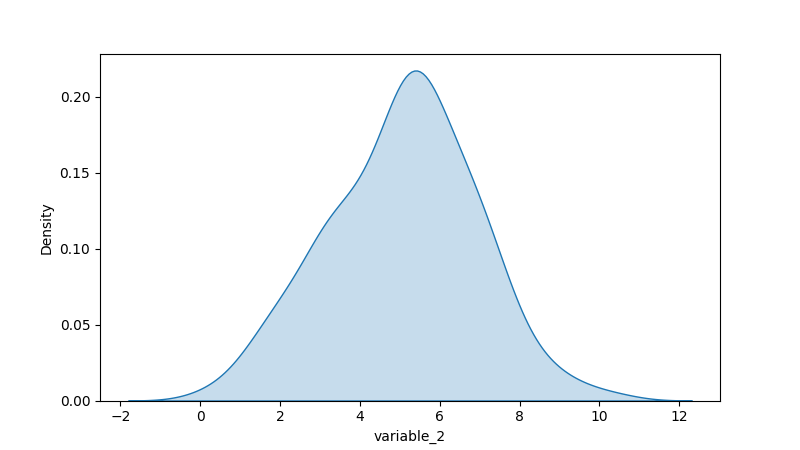
python, seaborn, kdeplot, hue='None', fill=True, bw_adjust=1.0